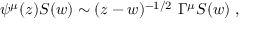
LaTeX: \psi ^ { \mu } ( z ) S ( w ) \sim ( z - w ) ^ { - 1 / 2 } \ \Gamma ^ { \mu } S ( w ) \ ,